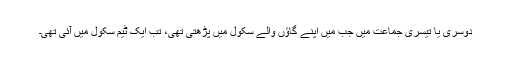
دوسری یا تیسری جماعت میں جب میں اپنے گاؤں والے سکول میں پڑھتی تھی، تب ایک ٹیم سکول میں آئی تھی۔